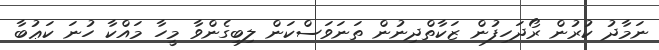
ނަމާދު ކުރުން ރޯދަހިފުން ޒަކާތްދިނުން ތަނަވަސްކަން ލިބިގެންވާ މީހާ މައްކާ ހުނަ ކަޢުބާ